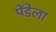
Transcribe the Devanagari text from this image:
पेंडेला